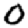
Digit: 0